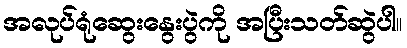
အလုပ်ရုံဆွေးနွေးပွဲကို အပြီးသတ်ဆွဲပါ။